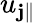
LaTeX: u_{\mathbf{j}\parallel}